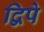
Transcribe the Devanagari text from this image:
द्विपे